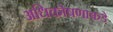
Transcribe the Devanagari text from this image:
अधिकोषणाकडे